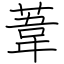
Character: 葦